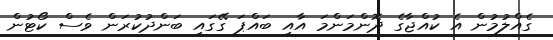
ގެއްލުމުން އެ ކުއްޖާގެ ދޮންމަންމަ އާއި ބައްޕަ ގޭގައި ބަންދުކުރަން ވެސް ކޯޓުން